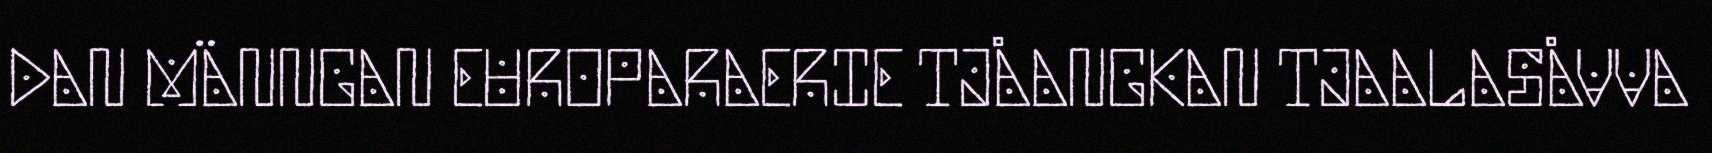
DAN MÄNNGAN EUROPARAERIE TJÅANGKAN TJAALASÅVVA